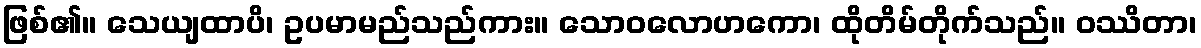
ဖြစ်၏။ သေယျထာပိ၊ ဥပမာမည်သည်ကား။ သောဝလောဟကော၊ ထိုတိမ်တိုက်သည်။ ဝဿိတာ၊